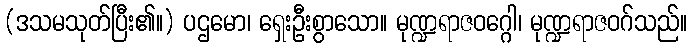
(ဒသမသုတ်ပြီး၏။) ပဌမော၊ ရှေးဦးစွာသော။ မုဏ္ဍရာဇဝဂ္ဂေါ၊ မုဏ္ဍရာဇဝဂ်သည်။